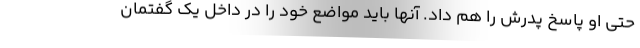
حتی او پاسخ پدرش را هم داد. آنها باید مواضع خود را در داخل یک گفتمان